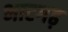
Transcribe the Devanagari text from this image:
भाटगढ़